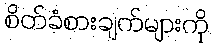
စိတ်ခံစားချက်များကို